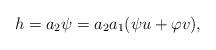
LaTeX: \begin{align*}h=a_2\psi=a_2a_1(\psi u+\varphi v),\end{align*}